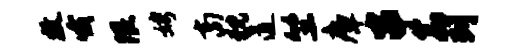
牧哦限娉商猊道竺瘴串命列